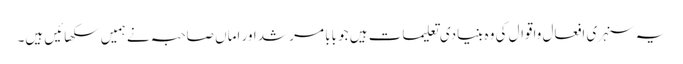
یہ سنہری افعال واقوال کی وہ بنیادی تعلیمات ہیں جو بابا مرشد اور اماں صاحبہ نے ہمیں سکھائیں ہیں۔